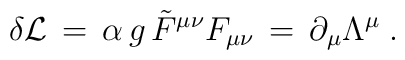
\delta {\cal L} \,=\, \alpha \, g \,{\tilde F}^{\mu \nu} F_{\mu \nu}\,=\, \partial_{\mu} \Lambda^{\mu} \;.